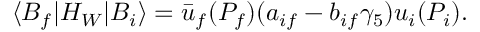
\langle B _ { f } \vert H _ { W } \vert B _ { i } \rangle = \bar { u } _ { f } ( P _ { f } ) ( a _ { i f } - b _ { i f } \gamma _ { 5 } ) u _ { i } ( P _ { i } ) .